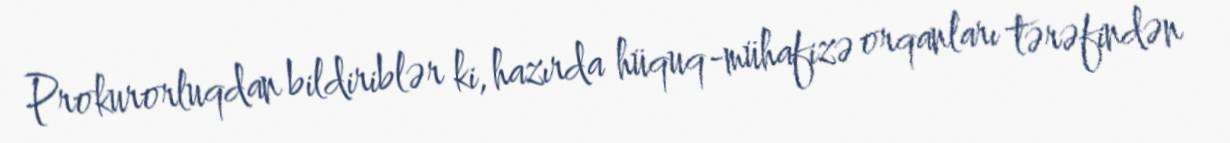
Prokurorluqdan bildiriblər ki, hazırda hüquq-mühafizə orqanları tərəfindən